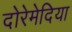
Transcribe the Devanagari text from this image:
दोरेमेदिया